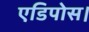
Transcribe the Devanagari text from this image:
एडिपोस।